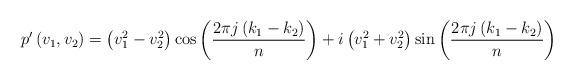
LaTeX: \begin{align*}p^{\prime}\left( v_{1},v_{2}\right) =\left( v_{1}^{2}-v_{2}^{2}\right)\cos\left( \frac{2\pi j\left( k_{1}-k_{2}\right) }{n}\right) +i\left(v_{1}^{2}+v_{2}^{2}\right) \sin\left( \frac{2\pi j\left( k_{1}-k_{2}\right) }{n}\right) \end{align*}